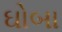
ઘોબા